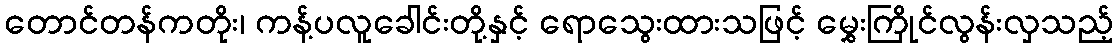
တောင်တန်ကတိုး၊ ကန့်ပလူခေါင်းတို့နှင့် ရောသွေးထားသဖြင့် မွှေးကြိုင်လွန်းလှသည့်